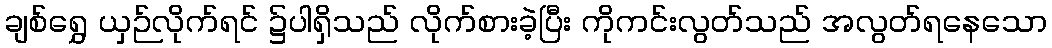
ချစ်ရွှေ ယှဉ်လိုက်ရင် ၌ပါရှိသည် လိုက်စားခဲ့ပြီး ကိုကင်းလွတ်သည် အလွတ်ရနေသော